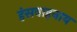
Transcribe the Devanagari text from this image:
हंसवाहनाय